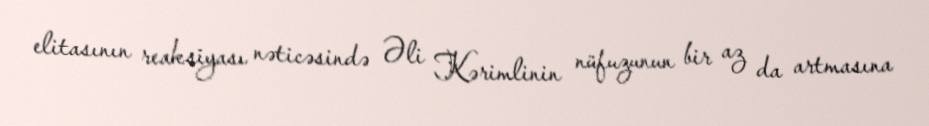
elitasının reaksiyası nəticəsində Əli Kərimlinin nüfuzunun bir az da artmasına